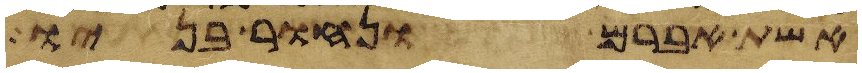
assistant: אשת אברם ונחור בניו